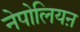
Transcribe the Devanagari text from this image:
नेपोलियऩ